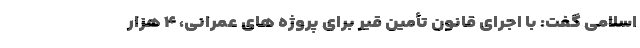
اسلامی گفت: با اجرای قانون تأمین قیر برای پروژه های عمرانی، ۴ هزار